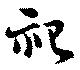
祀